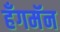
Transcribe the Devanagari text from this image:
हँगमॅन